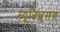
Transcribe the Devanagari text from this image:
स्यूतिभ्रूमण